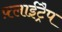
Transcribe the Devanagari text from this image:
फ़्लाईट्रैप